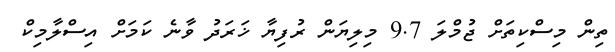
ތިން މިސްކިތަށް ޖުމްލަ 9.7 މިލިޔަން ރުފިޔާ ޚަރަދު ވާނެ ކަމަށް އިސްލާމިކް